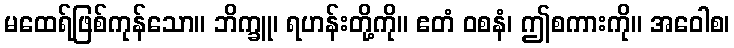
မထေရ်ဖြစ်ကုန်သော။ ဘိက္ခူ၊ ရဟန်းတို့ကို။ ဧတံ ဝစနံ၊ ဤစကားကို။ အဝေါစ၊